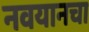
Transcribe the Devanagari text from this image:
नवयानचा